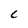
Character: C